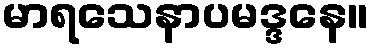
မာရသေနာပမဒ္ဒနေ။